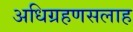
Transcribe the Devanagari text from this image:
अधिग्रहणसलाह